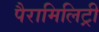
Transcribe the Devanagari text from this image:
पैरामिलिट्री